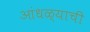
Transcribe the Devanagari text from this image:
आंधळ्याची